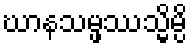
ဃာနသမ္ဖဿသ္မိမ္ပိ